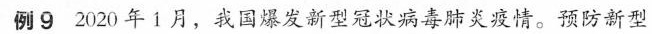
例92020年1月，我国爆发新型冠状病毒肺炎疫情。预防新型